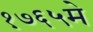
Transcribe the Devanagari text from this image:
१७६५मे